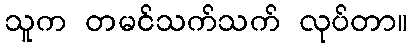
သူက တမင်သက်သက် လုပ်တာ။